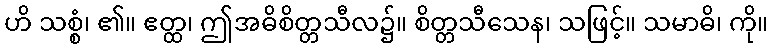
ဟိ သစ္စံ၊ ၏။ ဧတ္ထ၊ ဤအဓိစိတ္တသီလ၌။ စိတ္တသီသေန၊ သဖြင့်။ သမာဓိ၊ ကို။